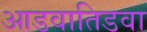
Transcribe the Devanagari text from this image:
आडवातिडवा